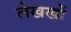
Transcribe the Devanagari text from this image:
लेखखों